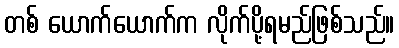
တစ် ယောက်ယောက်က လိုက်ပို့ရမည်ဖြစ်သည်။